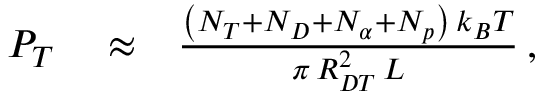
\begin{array} { r l r } { P _ { T } } & { { } \approx } & { \frac { \left( N _ { T } + N _ { D } + N _ { \alpha } + N _ { p } \right) \, k _ { B } T } { \pi \, R _ { D T } ^ { 2 } \, L } \, , } \end{array}